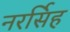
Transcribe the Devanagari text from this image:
नरर्सिह